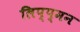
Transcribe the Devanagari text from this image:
लिप्प्मन